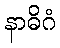
နာဓိဂံ